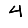
Digit: 4